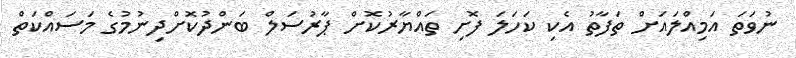
ނުވަތަ އަމިއްލައަށް ތަފާތު އެކި ކަހަލަ ފޮށި ތައްޔާރުކޮށް ޕާރުސަލް ބަންދުކޮށްދިނުމުގެ މަސައްކަތް